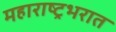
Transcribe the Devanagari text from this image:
महाराष्ट्रभरात